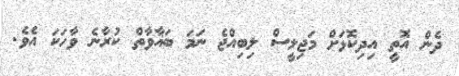
ދެން އޮތީ އިދިކޮޅަށް މަޖިލީސް ލިބިއްޖެ ނަމަ ބަޣާވާތް ކުރާނެ ވާހަކަ އެވެ.